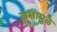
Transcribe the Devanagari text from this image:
जलामुळे